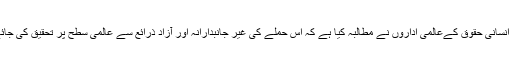
واقعے کے بعد طبیبانِ بے سرحد کے بینر تلے چلنے والے تمام اداروں، اس کے ہمدردوں اور انسانی حقوق کےعالمی اداروں نے مطالبہ کیا ہے کہ اس حملے کی غیر جانبدارانہ اور آزاد ذرائع سے عالمی سطح پر تحقیق کی جائے، اور اس میں ملوث افراد، اداروں کا تعین کیا جائے اور اس کے محرکات معلوم کئے جائیں۔